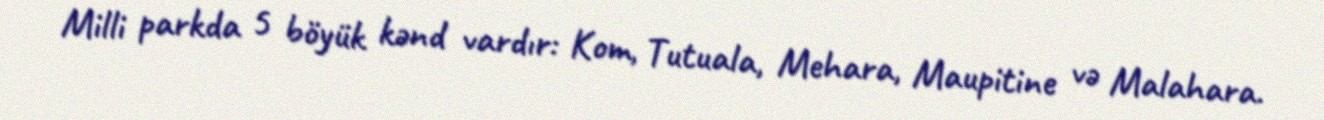
Milli parkda 5 böyük kənd vardır: Kom, Tutuala, Mehara, Maupitine və Malahara.